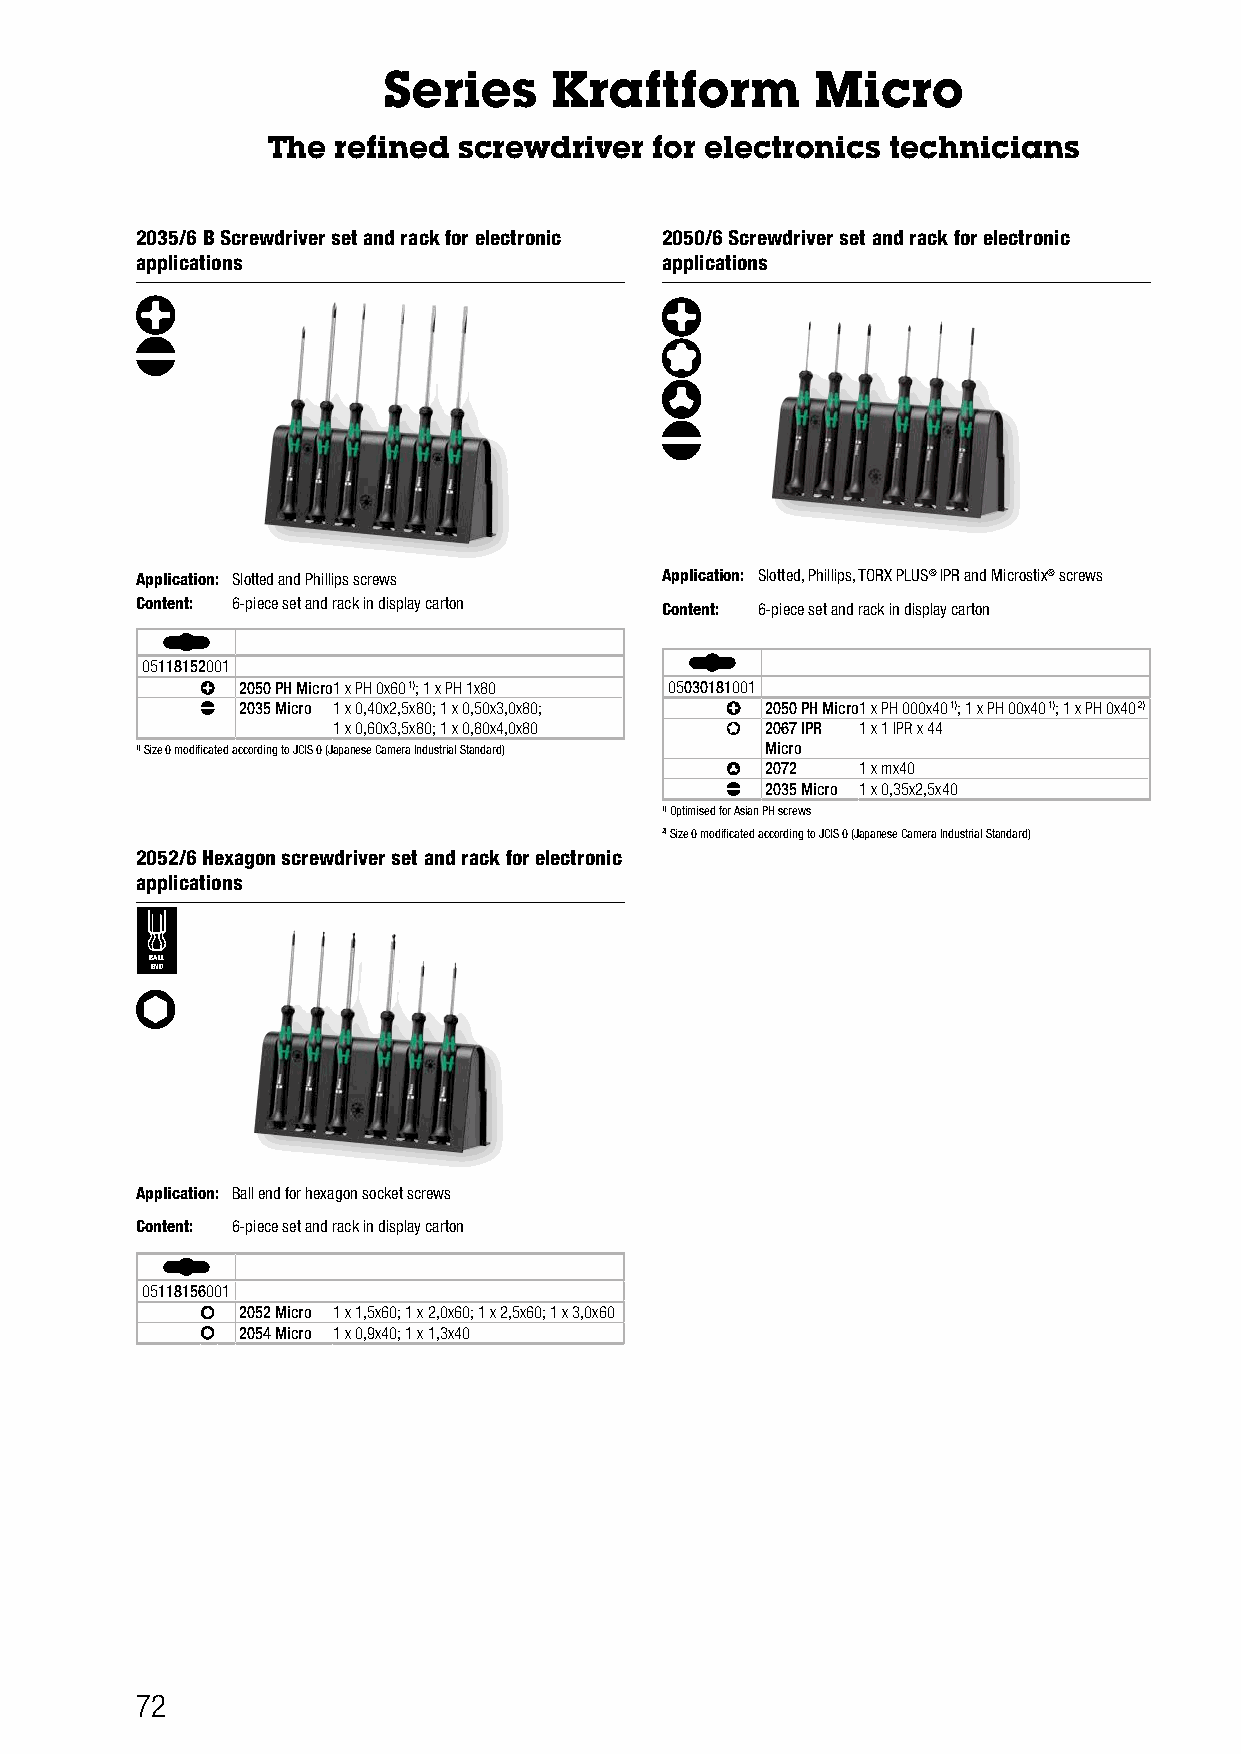
Series     Kraftform         Micro
 The refined screwdriver  for electronics technicians
 2035/6 B Screwdriver set and rack for electronic 2050/6 Screwdriver set and rack for electronic
 applications                       applications
 Application: Slotted and Phillips screws Application: Slotted, Phillips, TORX PLUS® IPR and Microstix® screws
 Content: 6-piece set and rack in display carton Content: 6-piece set and rack in display carton
 05118152001
 2050 PH Micro1 x PH 0x60 1); 1 x PH 1x80 05030181001
 2035 Micro 1 x 0,40x2,5x80; 1 x 0,50x3,0x80; 2050 PH Micro1 x PH 000x40 1); 1 x PH 00x40 1); 1 x PH 0x40 2)
 1 x 0,60x3,5x80; 1 x 0,80x4,0x80 2067 IPR 1 x 1 IPR x 44
 1)Size 0 modificated according to JCIS 0 (Japanese Camera Industrial Standard) Micro
 2072  1 x mx40
 2035 Micro 1 x 0,35x2,5x40
 1)Optimised for Asian PH screws
 2)Size 0 modificated according to JCIS 0 (Japanese Camera Industrial Standard)
 2052/6 Hexagon screwdriver set and rack for electronic
 applications
 BALL
 END
 Application: Ball end for hexagon socket screws
 Content: 6-piece set and rack in display carton
 05118156001
 2052 Micro 1 x 1,5x60; 1 x 2,0x60; 1 x 2,5x60; 1 x 3,0x60
 2054 Micro 1 x 0,9x40; 1 x 1,3x40
 72